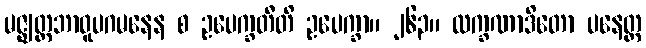
မဇ္ဈတ္တဘာဝူပဂမနေန စ ဥပေက္ခတီတိ ဥပေက္ခာ။ ၂၆၃။ လက္ခဏာဒိတော ပနေတ္ထ